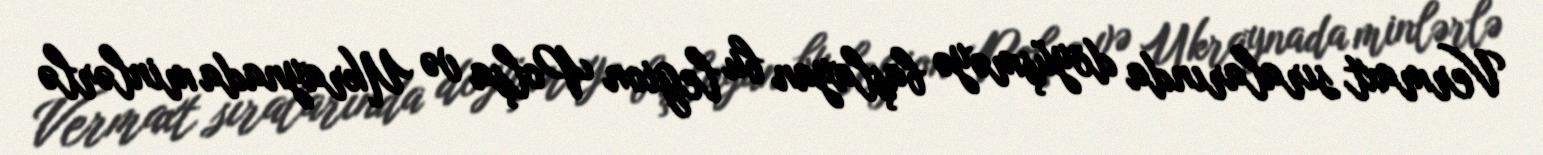
Vermaxt sıralarında döyüşməyə başlayan bu legion Polşa və Ukraynada minlərlə